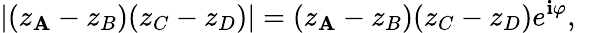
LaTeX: \left|(z_{\mathbf{A}}-z_{B})(z_{C}-z_{D})\right|=(z_{\mathbf{A}}-z_{B})(z_{C}-z_{D})e^{\mathbf{i}\varphi},\quad